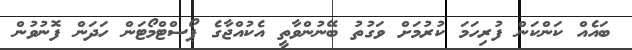
ބައެއް ކަންކަން ފުރިހަމަ ކުރުމަށް ވަގުތު ބޭނުންވާތީ އެކުއްޖާގެ ޕޯސްޓްމޯޓަން ހަދަން ފޮނުވުން